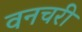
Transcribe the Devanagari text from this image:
वनचरी